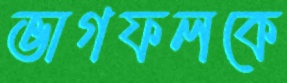
ভাগফলকে